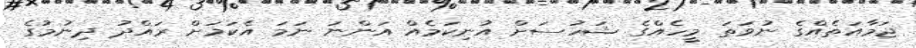
ޖަމާއަތެއްގެ ނުވަތަ މީހެއްގެ ޝަހުސަށް އުނިކަމެއް އަންނަ ނަމަ އެކަމަށް ރައްދު ދިނުމުގެ